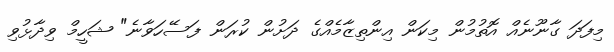
މިފަދަ ގާނޫނެއް އޮތުމުން މިކަން އިންތިޒާމެއްގެ ދަށުން ކުރަން ފަސޭހަވާނެ" ޝަހީމް ވިދާޅުވި